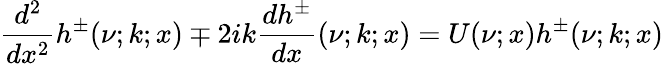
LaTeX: \frac{d^{2}}{dx^{2}}h^{\pm}(\nu;k;x)\mp 2ik\frac{dh^{\pm}}{dx}(\nu;k;x)=U(\nu;x)h^{\pm}(\nu;k;x)